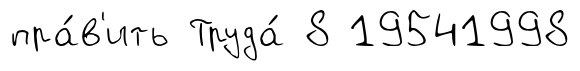
пра́в'ить Труда́ 8 19541998